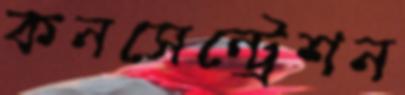
কনসেন্ট্রেশন